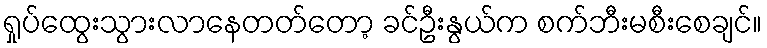
ရှုပ်ထွေးသွားလာနေတတ်တော့ ခင်ဦးနွယ်က စက်ဘီးမစီးစေချင်။